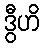
ဒွီဟိ